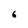
Character: 6